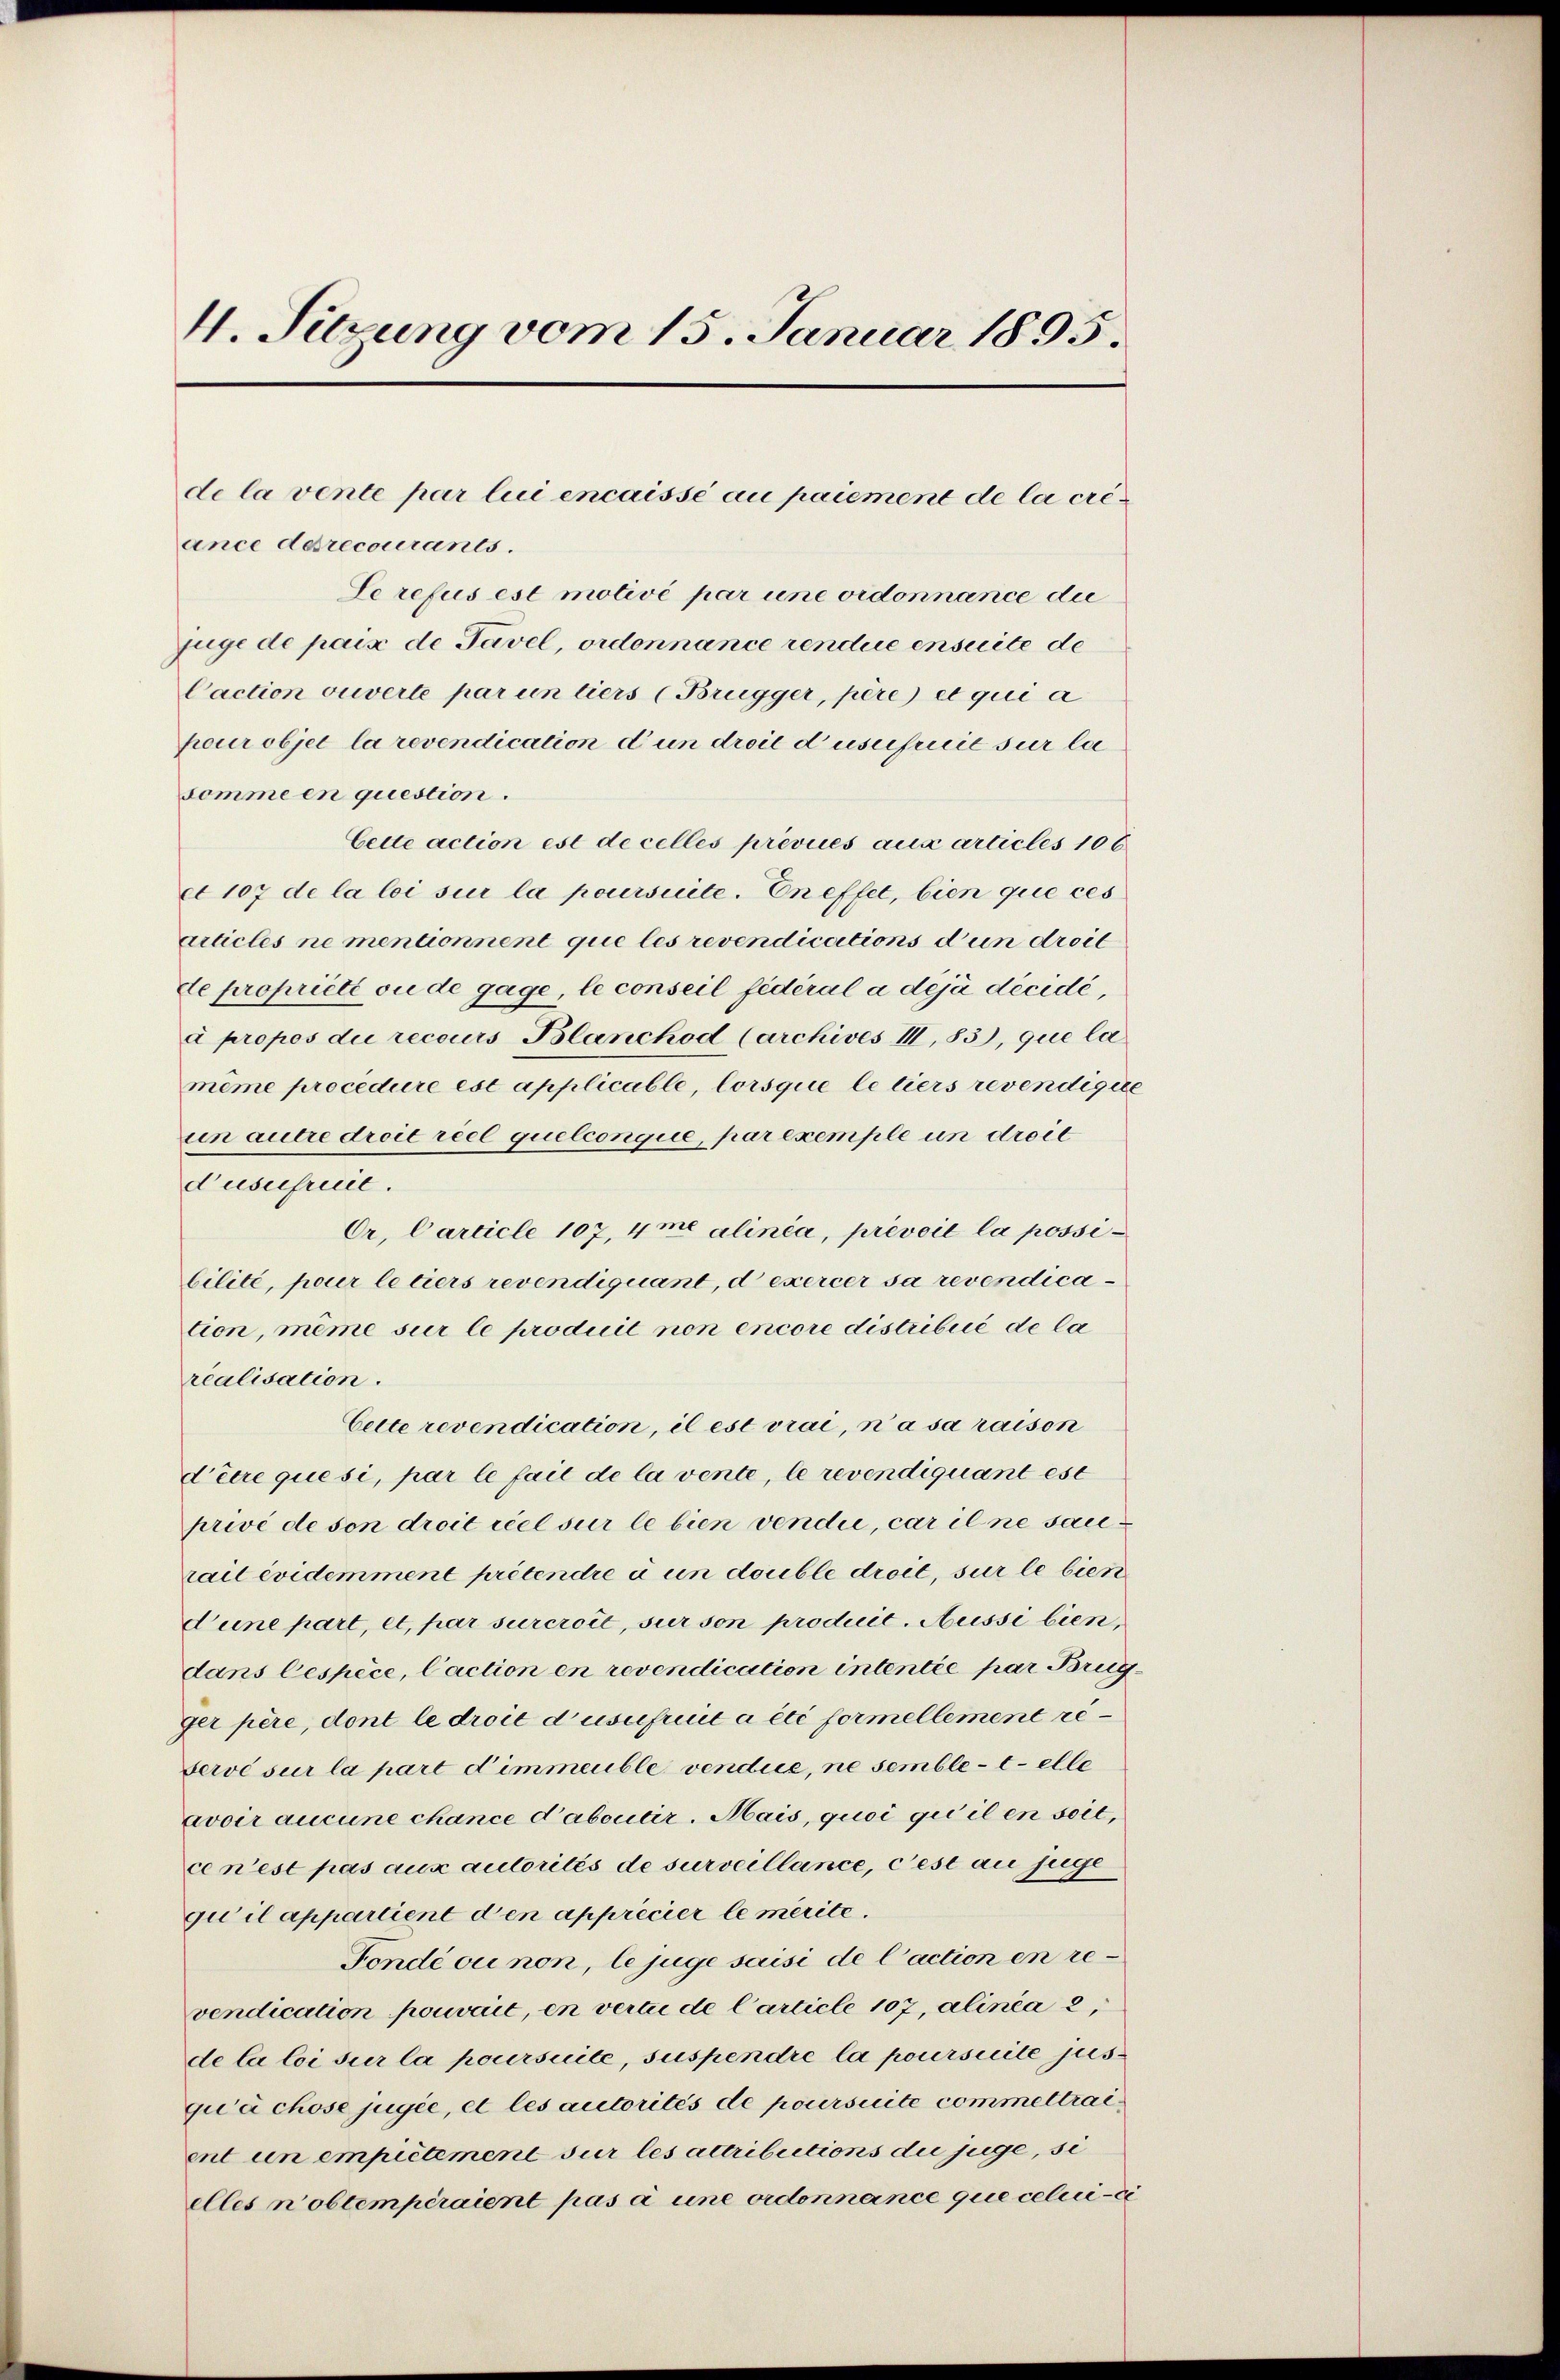
4. Sitzung vom 15. Januar 1895.
de la vente par lui encaissé au paiement de la cre

ance derecourants.
Le refus est motivé par une ordonnance die
juge de paix de Tavel, ordonnance rendue ensuite de
Caction ouverte par un tiers (Brügger, père et qui a
pour objet la revendication d’un droit d’usufruit sur la
somme en question.
Cette action est de celles prévues aux articles 106
et 107 de la loi sur la poursuite. En effet, bien que ces
articles nementionnent que les revendications d’un droit
de propriété ou de gage, le conseil fédéral a déjà décidé,
à propos die recours Blanchod (Archives III, 83), que la
meme procedure est applicable, lorsque le tiers revendigie
un autre droit reel quelconque, par exemple un droit
dusefreut.
Or. Carticle 107, 4me alinia, préveil la possibilité, pour le tiers revendiquant, d exercer sa revendication, même sur le produit non encore distribué de la
realisation.
Cette revendication, il est vrai, ni à sa raison
diere quesi, par le fait de la vente, le revendiquant est
privé de son droit réel sur le bien vendii, car il ne sau
rait évidemment prétendre à un double droit, sur le bien
dune part, et, par surcroit, sur son producit. Aussi bien,
dans lespèce, Caction en revendication intentée par Brug
ger père, dont le droit d’usufruit a été formellement re
serve sur la part d’immeuble vendie, ne semble telle
avoir aucune chance d’aboutir. Mais, quoi qui il en soit,
ce n’est pas aux autorités de surveillance, cest au juge
gu il appartient den apprécier le merite.
Fondé ou non, le juge saisi de l’action en revendication pouvait, en vertie de Carticle 107, alinea 2
de la loi sur la poursuite, suspendre la poursuite jus
qu’à chose jugée, et les autorités de poursuite commeltraient un empiétement sur les attributions die juge, si
elles n’obtemperaient pas à une ordonnance que celui-ci